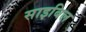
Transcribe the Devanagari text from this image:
साइबिल